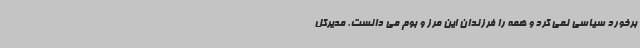
برخورد سیاسی نمی کرد و همه را فرزندان این مرز و بوم می دانست. مدیرکل